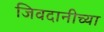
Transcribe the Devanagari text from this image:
जिवदानीच्या